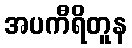
အပကီရိတူန